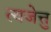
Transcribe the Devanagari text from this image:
त्यजेत्तु